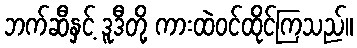
ဘက်ဆီနှင့် ဒူဒီတို့ ကားထဲဝင်ထိုင်ကြသည်။